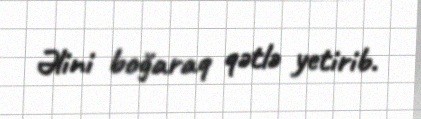
Əlini boğaraq qətlə yetirib.